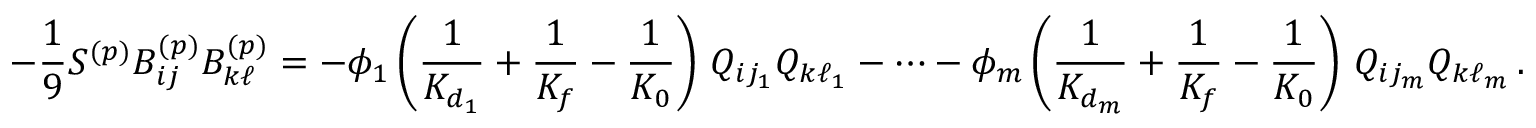
- \frac { 1 } { 9 } S ^ { ( p ) } B _ { i j } ^ { ( p ) } B _ { k \ell } ^ { ( p ) } = - \phi _ { 1 } \left( \frac { 1 } { K _ { d _ { 1 } } } + \frac { 1 } { K _ { f } } - \frac { 1 } { K _ { 0 } } \right) \, Q _ { i j _ { 1 } } Q _ { k \ell _ { 1 } } - \dots - \phi _ { m } \left( \frac { 1 } { K _ { d _ { m } } } + \frac { 1 } { K _ { f } } - \frac { 1 } { K _ { 0 } } \right) \, Q _ { i j _ { m } } Q _ { k \ell _ { m } } \, .